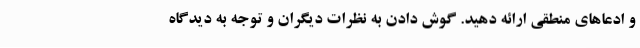
و ادعاهای منطقی ارائه دهید. گوش دادن به نظرات دیگران و توجه به دیدگاه